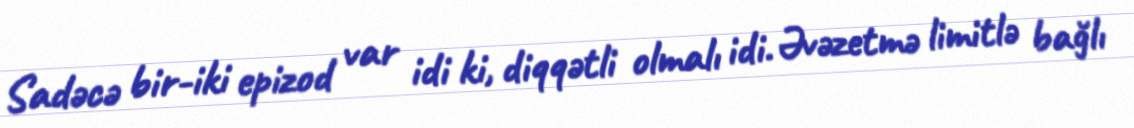
Sadəcə bir-iki epizod var idi ki, diqqətli olmalı idi. Əvəzetmə limitlə bağlı